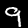
Label: 9